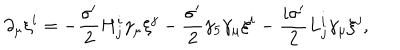
\partial _ { \mu } \xi ^ { i } = - \frac { \sigma ^ { \prime } } { 2 } H _ { j } ^ { i } \gamma _ { \mu } \xi ^ { j } - \frac { \sigma ^ { \prime } } { 2 } \gamma _ { 5 } \gamma _ { \mu } \xi ^ { i } - \frac { i \sigma ^ { \prime } } { 2 } L _ { j } ^ { i } \gamma _ { \mu } \xi ^ { j } ,